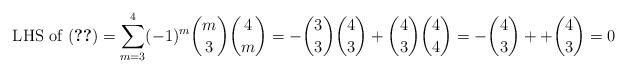
LaTeX: \begin{align*} \text{ LHS of (\ref{eqn:final})} = \sum_{m=3}^4 (-1)^m \binom{m}{3} \binom{4}{m} = - \binom{3}{3} \binom{4}{3} + \binom{4}{3} \binom{4}{4} = - \binom{4}{3} + + \binom{4}{3} = 0 \end{align*}